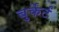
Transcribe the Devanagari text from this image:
बुर्केर्ट